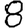
Digit: 8